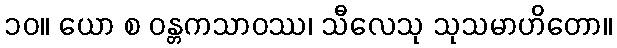
၁၀။ ယော စ ဝန္တကသာဝဿ၊ သီလေသု သုသမာဟိတော။